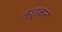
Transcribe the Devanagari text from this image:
तश्कन